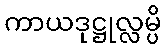
ကာယဒုဋ္ဌုလ္လမ္ပိ